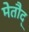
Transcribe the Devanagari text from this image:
मेतौद्